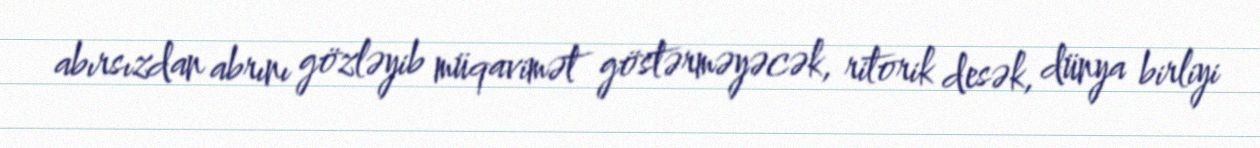
abırsızdan abrını gözləyib müqavimət göstərməyəcək, ritorik desək, dünya birliyi